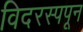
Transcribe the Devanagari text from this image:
विदरस्पपून